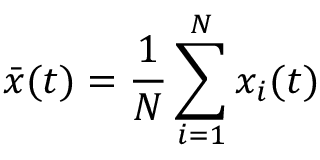
\bar { x } ( t ) = \frac { 1 } { N } \sum _ { i = 1 } ^ { N } { x _ { i } ( t ) }